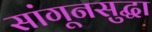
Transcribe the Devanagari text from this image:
सांगूनसुद्धा